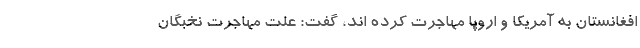
افغانستان به آمریکا و اروپا مهاجرت کرده اند، گفت: علت مهاجرت نخبگان